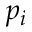
p _ { i }